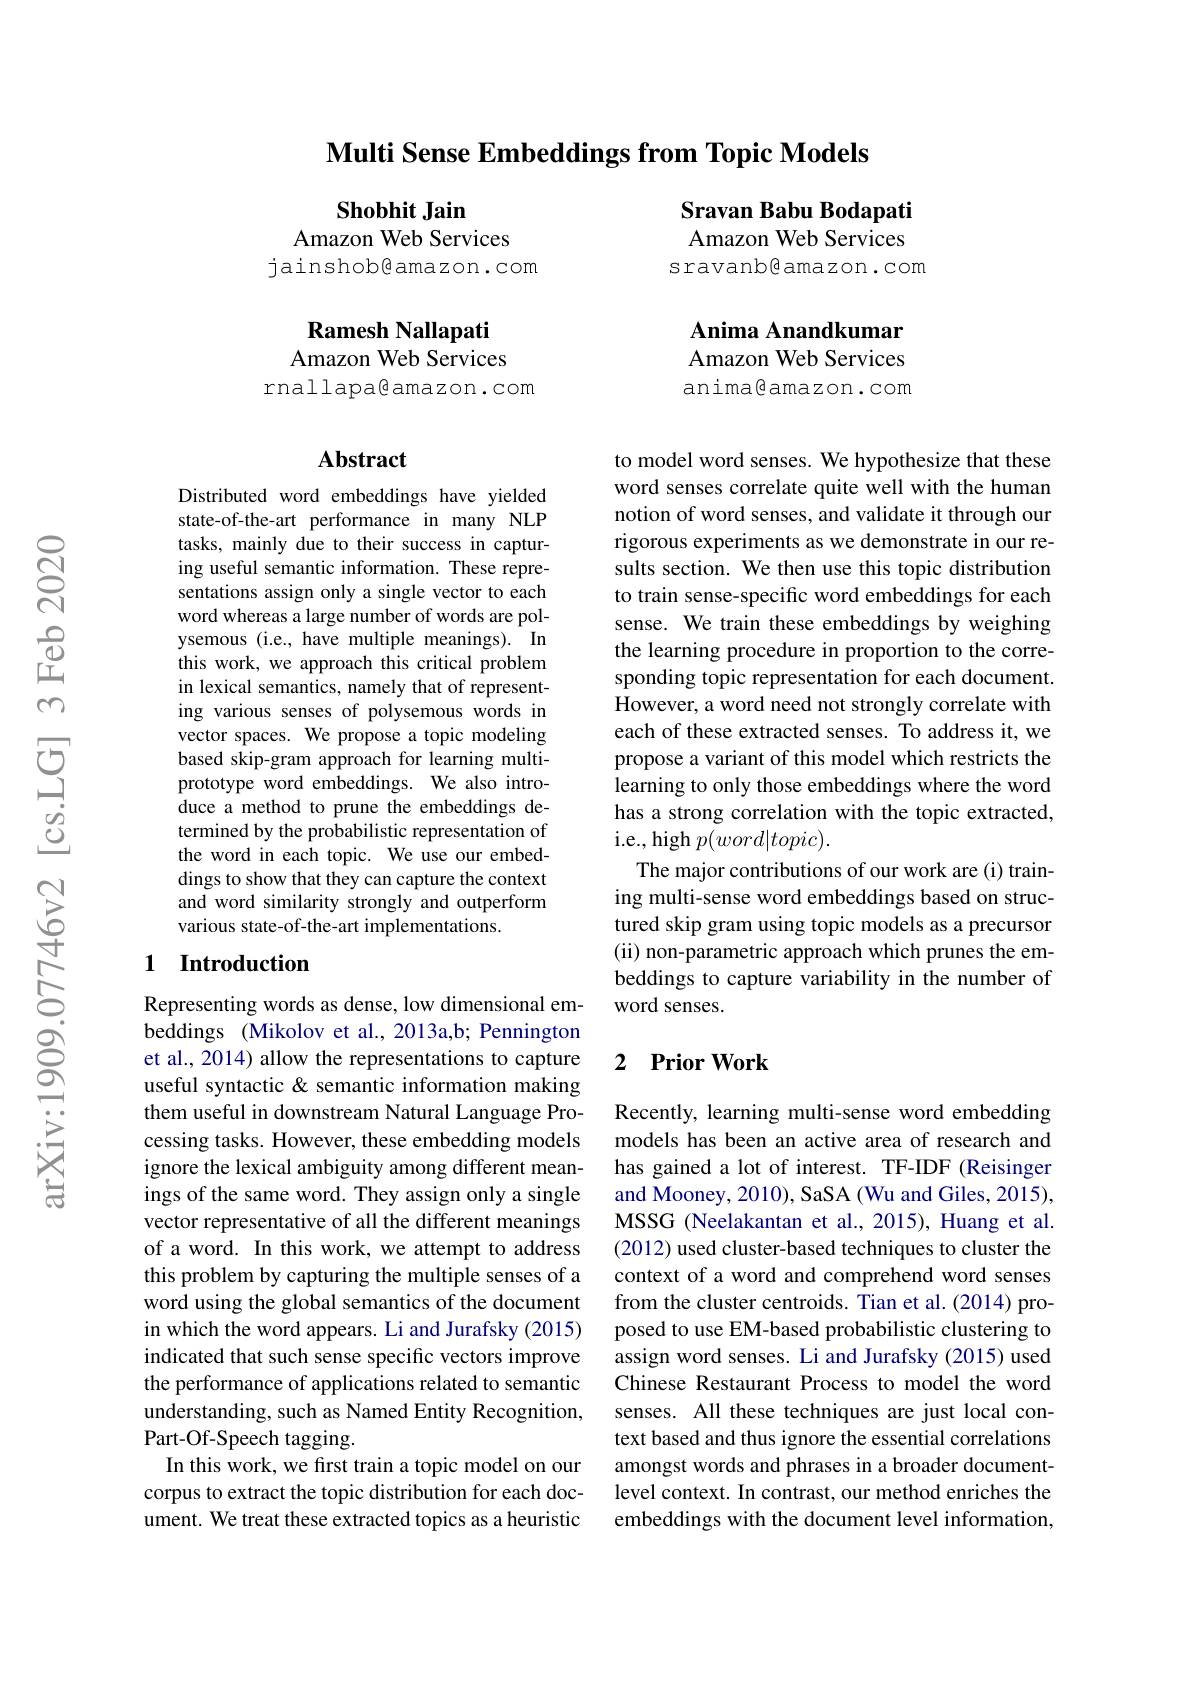
$\textbf{Multi Sense Embeddings from Topic Models}$

Sravan Babu Bodapati Amazon Web Services

sravanb@amazon.com

Shobhit Jain
Amazon Web Services
jainshob@amazon.com

Ramesh Nallapati Amazon Web Services

## Anima Anandkumar Amazon Web Services

rnallapa@amazon.com

anima©amazon.com

### $\mathbf{Abstract}$

Distributed word embeddings have yielded state-of-the-art performance in many NLP tasks, mainly due to their success in capturing useful semantic information. These representations assign only a single vector to each word whereas a large number of words are polysemous (i.e., have multiple meanings). In this work, we approach this critical problem in lexical semantics, namely that of representing various senses of polysemous words in vector spaces. We propose a topic modeling based skip-gram approach for learning multiprototype word embeddings. We also introduce a method to prune the embeddings determined by the probabilistic representation of the word in each topic. We use our embeddings to show that they can capture the context and word similarity strongly and outperform various state-of-the-art implementations.

to model word senses. We hypothesize that these word senses correlate quite well with the human notion of word senses, and validate it through our rigorous experiments as we demonstrate in our results section. We then use this topic distribution to train sense-specific word embeddings for each sense. We train these embeddings by weighing the learning procedure in proportion to the corresponding topic representation for each document. However, a word need not strongly correlate with each of these extracted senses. To address it, we propose a variant of this model which restricts the learning to only those embeddings where the word has a strong correlation with the topic extracted, i.e., high $p(word|topic).$
The major contributions of our work are (i) training multi-sense word embeddings based on structured skip gram using topic models as a precursor (ii) non-parametric approach which prunes the embeddings to capture variability in the number of word senses.

## 1 Introduction

# 2 Prior Work

Representing words as dense, low dimensional embeddings (Mikolov et al., 2013a,b; Pennington et al., 2014) allow the representations to capture useful syntactic & semantic information making them useful in downstream Natural Language Processing tasks. However, these embedding models ignore the lexical ambiguity among different meanings of the same word. They assign only a single vector representative of all the different meanings of a word. In this work, we attempt to address this problem by capturing the multiple senses of a word using the global semantics of the document in which the word appears. Li and Jurafsky (2015) indicated that such sense specific vectors improve the performance of applications related to semantic understanding, such as Named Entity Recognition, Part-Of-Speech tagging.
In this work, we first train a topic model on our corpus to extract the topic distribution for each document. We treat these extracted topics as a heuristic

Recently, learning multi-sense word embedding models has been an active area of research and has gained a lot of interest. TF-IDF (Reisinger and Mooney, 2010), SaSA (Wu and Giles, 2015), MSSG (Neelakantan et al., 2015), Huang et al. (2012) used cluster-based techniques to cluster the context of a word and comprehend word senses from the cluster centroids. Tian et al.(2014) proposed to use EM-based probabilistic clustering to assign word senses. Li and Jurafsky (2015) used Chinese Restaurant Process to model the word senses. All these techniques are just local context based and thus ignore the essential correlations amongst words and phrases in a broader documentlevel context. In contrast, our method enriches the embeddings with the document level information,